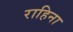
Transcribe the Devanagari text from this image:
राहिना